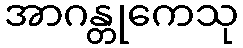
အာဂန္တုကေသု